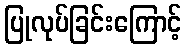
ပြုလုပ်ခြင်းကြောင့်